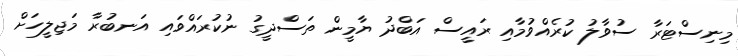
މިނިސްޓަރާ ސުވާލު ކުރެއްވުމާއި ރައީސް އަބްދު ޔާމީން ތަސްދީގު ނުކުރައްވައި އަނބުރާ މަޖިލީހަށް